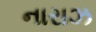
નારાઝ